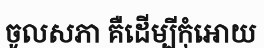
ចូលសភា គឺដើម្បីកុំអោយ